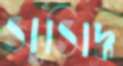
সুসিদ্ধ